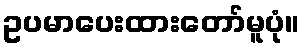
ဥပမာပေးထားတော်မူပုံ။